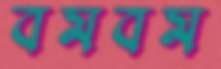
বমবম